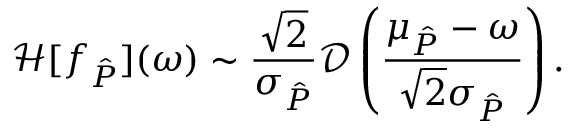
\mathcal H [ f _ { \hat { P } } ] ( \omega ) \sim \frac { \sqrt 2 } { \sigma _ { \hat { P } } } \mathcal D \left( \frac { \mu _ { \hat { P } } - \omega } { \sqrt 2 \sigma _ { \hat { P } } } \right) .